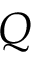
Q